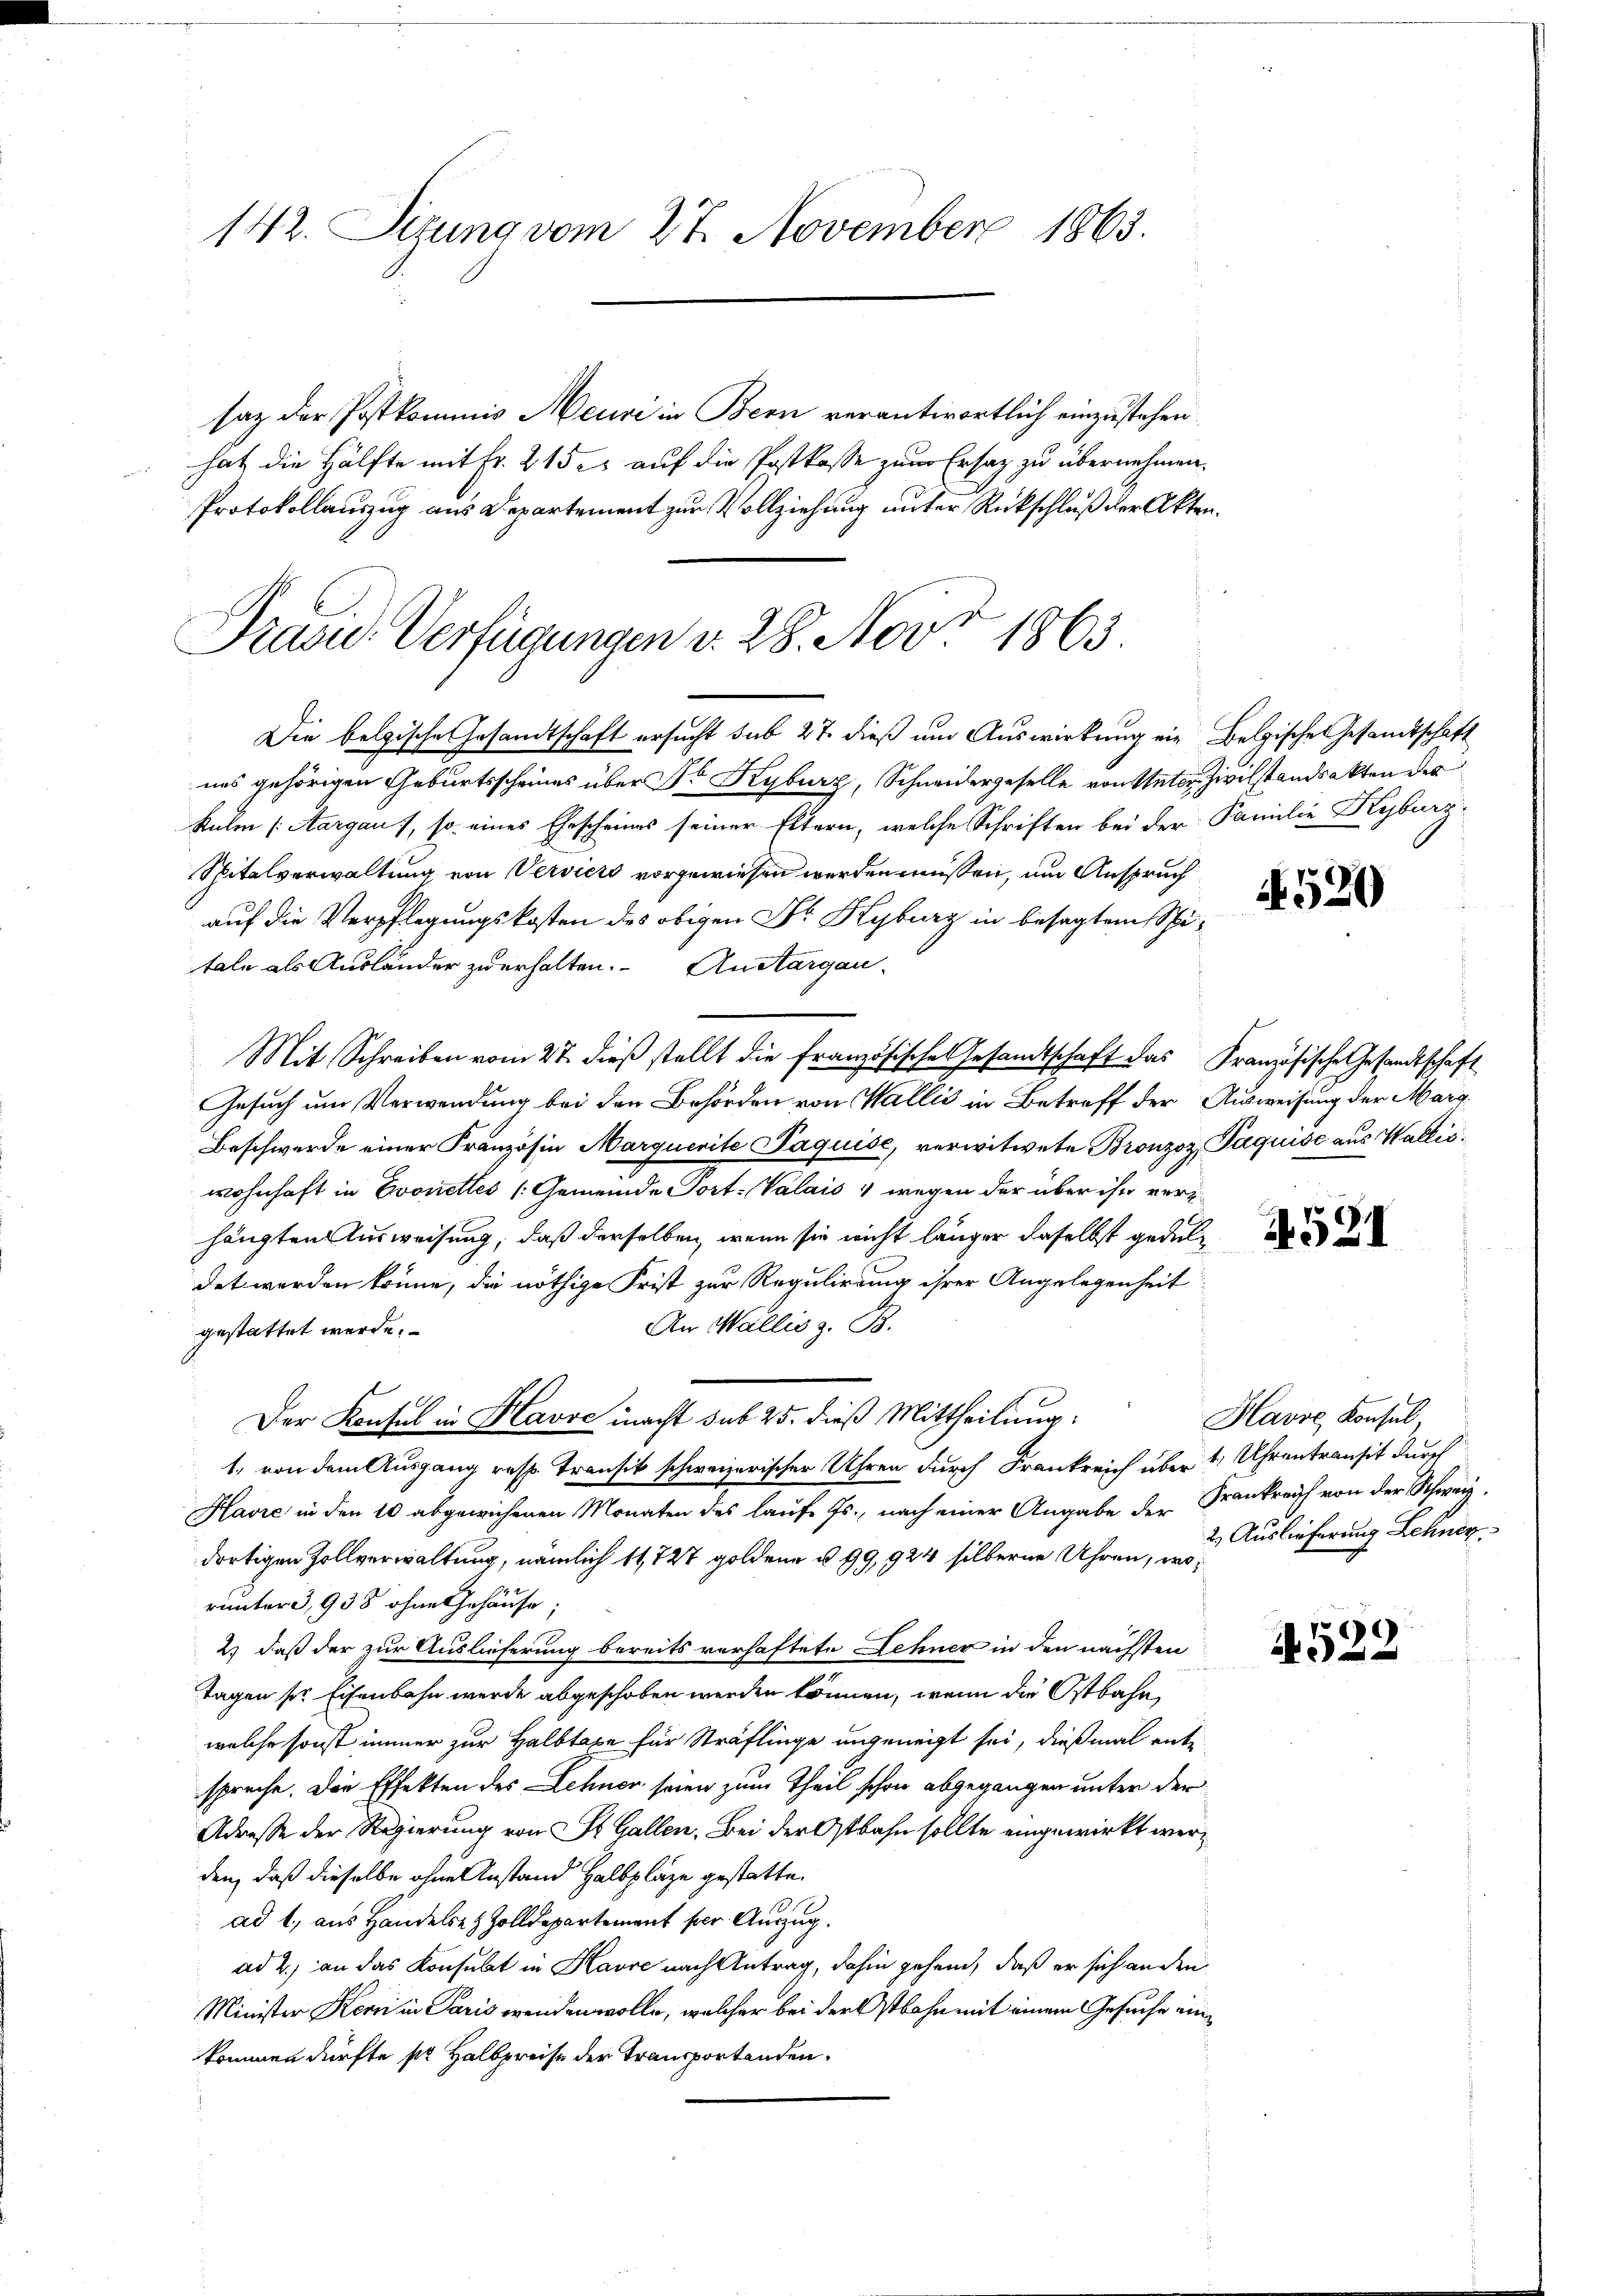
142. Sizung vom 27. November 1863.

saz der Postkommis Meuri in Bern verantwortlich einzustehen.
hat die Hälfte mit Fr. 215 auf die Postkasse zum Ersatz zu übernehmen.
Protokollauszug aus Departement zur Vollziehung unter Rückschluß der Akten¬

Präsid.- Verfügungen v. 28. Nov. 1863.
Die belgische Gesandtschaft ersucht sub 27 dieß um Auswirkung ein Belgische Gesandtschaft

nes gehörigen Geburtsscheines über Dr Kyburg, Schneidergeselle von Unter Zivilstandsakten des
kulm (Aargau), so eines Ehescheines seiner Eltern, welche Schriften bei der Familie Kyburg
Spitalverwaltung von Verviers vorgewiesen werden müssen, um Anspruch
auf die Verpflegungskosten des obigen Dr Kyburg in besagtem Spitale als Ausländer zuerhalten. Ausargau-
Mit Schreiben vom 27. dieβ stellt die französische Gesandtschaft das Französische Gesandtschaft
Gesuch um Verwendung bei den Behörden von Wallis in Betreff der Ausweisung der Marg¬
Beschwerde einer Französin Marquerite Paquise, verwitwete Bronzoz, Paquise aus Wallis.
wohnhaft in Evonettes (Gemeinde Port: Valais 4 wegen der über ihn verhängten Ausweisung, daß derselben, wenn sie nicht länger daselbst geduldet werden könne, die nöthige Frist zur Regulirung ihrer Angelegenheit
An Wallis z. B.
gestattet werde.
Der Konsul in Havre macht sub 25. dieß Mittheilung:
1., von dem Ausgang resp. Transit schweizerischer Uhren durch Frankreich über 11 Uhrentransit durch
Havre in den 10 abgewichenen Monaten des laufe Js., nach einer Angabe der Frankreich von der Schweiz.
dortigen Zollverwaltung, nämlich 14,727 goldene § 99, 924 silberne Uhren, worunter 3,938 ohne Gehäuse;
2) daß der zur Auslieferung bereits vorhaftete Sehner in den nächsten
Tagen ser Eisenbahn werde abgeschoben werden können, wenn die Ostbahn,
welche sonst immer zur Halbtaxe für Sträflinge ungeneigt sei, dießmal ente
spreche. Die Effekten des Lehner seien zum Theil schon abgegangen unter der
Adresse der Regierung von St. Gallen. Bei der Ostbahn sollte eingewirkt werden, daß dieselbe ohne Anstand Halbplaze gestatte.
ad 1, aus Handelsen Zolldepartement per Auszug.
ad 2., an das Konsubt in Havre nach Antrag, dahin gehend, daß er sich an den
Minister Kern in Paris wenden wolle, welcher bei der Ostbahn mit einem Gesuche einkommen dürfte pr Halbpreise der Transportenden.

520

4521

Havre Konsul,
2) Auslieferung Lehner

4522